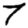
Digit: 7